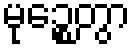
မုဉ္စေတွာ